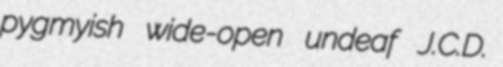
pygmyish wide-open undeaf J.C.D.